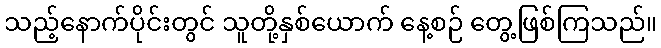
သည့်နောက်ပိုင်းတွင် သူတို့နှစ်ယောက် နေ့စဉ် တွေ့ဖြစ်ကြသည်။